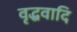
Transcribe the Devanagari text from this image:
वृद्धवादि